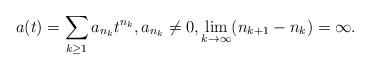
LaTeX: \begin{align*}a(t)=\sum_{k\geq 1}a_{n_k}t^{n_k},a_{n_k}\not=0,\lim_{k\to\infty}(n_{k+1}-n_k)=\infty.\end{align*}